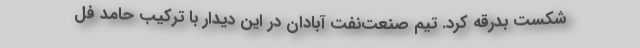
شکست بدرقه کرد. تیم صنعت‌نفت آبادان در این دیدار با ترکیب حامد فل